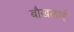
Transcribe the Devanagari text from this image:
बौखलाई